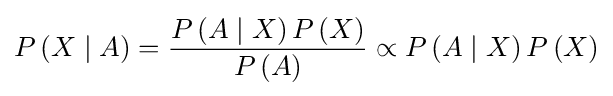
P\left(X\mid A\right)={\frac {P\left(A\mid X\right)P\left(X\right)}{P\left(A\right)}}\propto P\left(A\mid X\right)P\left(X\right)